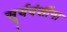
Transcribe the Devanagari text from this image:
सूर्यवंशींना